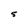
Character: 5